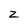
Character: Z